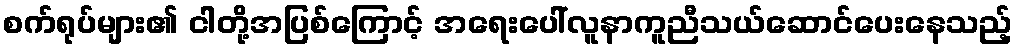
စက်ရုပ်များ၏ ငါတို့အပြစ်ကြောင့် အရေးပေါ်လူနာကူညီသယ်ဆောင်ပေးနေသည့်